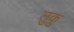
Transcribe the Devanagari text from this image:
लुकु